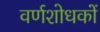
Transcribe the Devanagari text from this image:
वर्णशोधकों